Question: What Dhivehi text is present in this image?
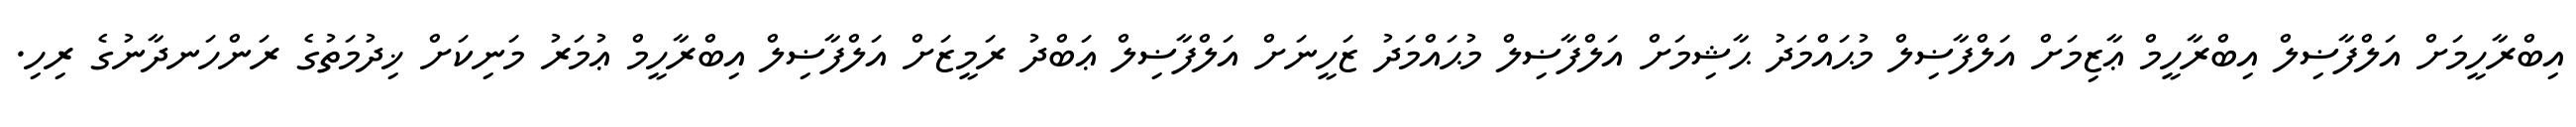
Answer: އިބްރާހީމަށް އަލްފާޟިލް އިބްރާހީމް ޢާޒިމަށް އަލްފާޟިލް މުޙައްމަދު ޙާޝިމަށް އަލްފާޟިލް މުޙައްމަދު ޒަހީނަށް އަލްފާޟިލް ޢަބްދު ރަމީޒަށް އަލްފާޟިލް އިބްރާހީމް ޢުމަރު މަނިކަށް ޚިދުމަތުގެ ރަންހަނދާނުގެ ރިހި.